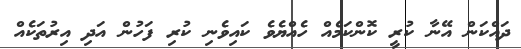
ދައްކަން އޭނާ ކުރީ ކޮންކަމެއް ހެއްޔެވެ ކައިވެނި ކުރި ފަހުން އަދި އިރުތަކެއް